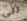
الى